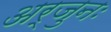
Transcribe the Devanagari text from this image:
अर्जुनः